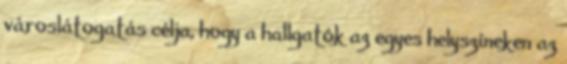
városlátogatás célja, hogy a hallgatók az egyes helyszíneken az